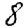
Digit: 8